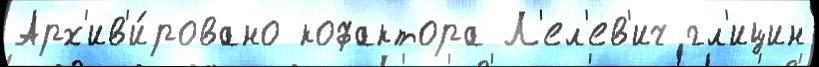
Арх'ив'и́ровано кофактора Л'ел'ев'ич гл'ицин